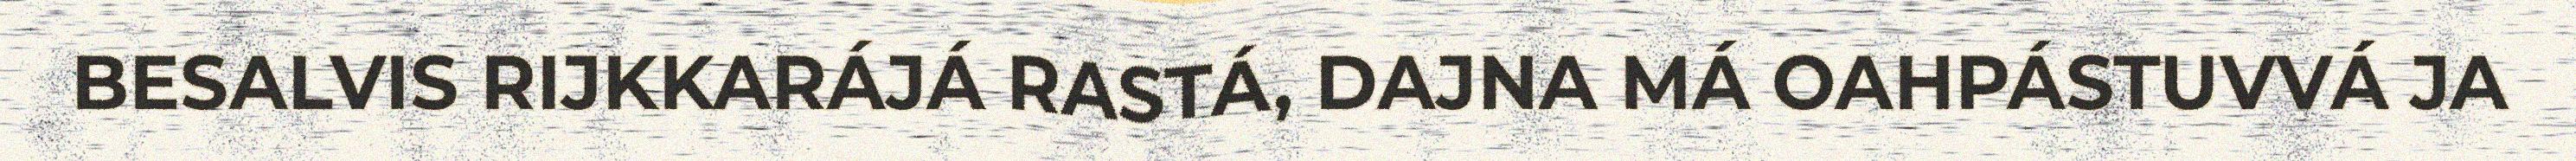
BESALVIS RIJKKARÁJÁ RASTÁ, DAJNA MÁ OAHPÁSTUVVÁ JA